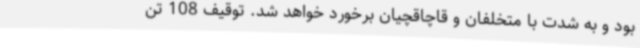
بود و به شدت با متخلفان و قاچاقچیان برخورد خواهد شد. توقیف 108 تن